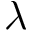
\lambda